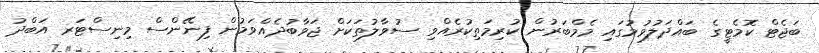
ބަޖެޓް ކޮމެޓީގެ ބައްދަލުވުމުގައި މެމްބަރުން ކުރިމަތިކުރެއްވި ސުވާލުތަކަށް ޖަވާބުދެއްވަމުން ފިނޭންސް މިނިސްޓަރ އަބްދު